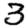
Digit: 3